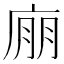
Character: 𢉁